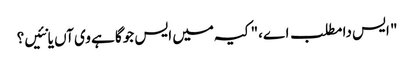
" ایس دا مطلب اے،" کیہ میں ایس جوگا ہے وی آں یا نئیں؟